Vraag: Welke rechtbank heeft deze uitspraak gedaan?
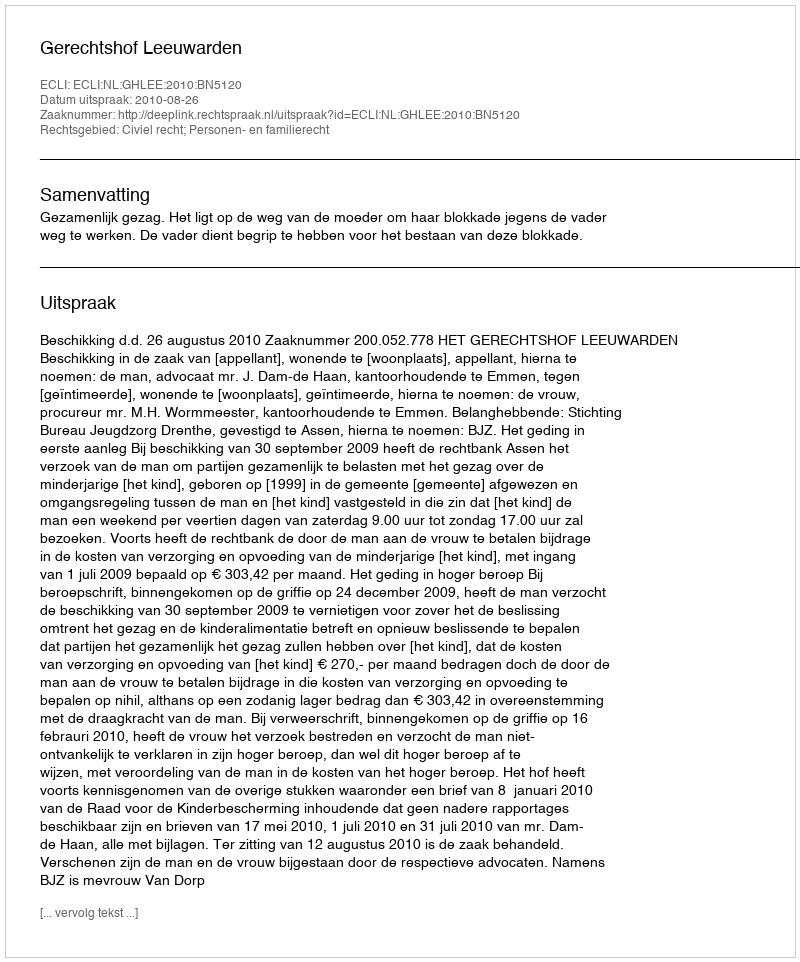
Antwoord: Gerechtshof Leeuwarden